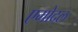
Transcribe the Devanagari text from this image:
एमोदल